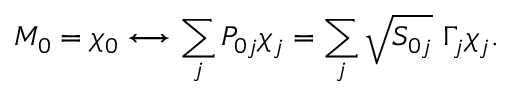
M _ { 0 } = \chi _ { 0 } \longleftrightarrow \sum _ { j } P _ { 0 j } \chi _ { j } = \sum _ { j } \sqrt { S _ { 0 j } } \ \Gamma _ { j } \chi _ { j } .